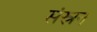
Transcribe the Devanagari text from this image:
संस्रन